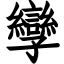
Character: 孿